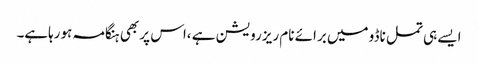
ایسے ہی تمل ناڈو میں برائے نام ریزرویشن ہے ،اس پر بھی ہنگامہ ہورہاہے۔